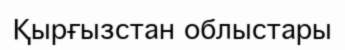
Қырғызстан облыстары